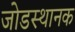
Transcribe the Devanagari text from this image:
जोडस्थानक